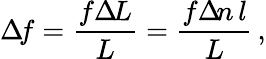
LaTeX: \Delta\! f=\frac{f\Delta\! L}L=\frac{f\Delta\! n\, l}L\, ,